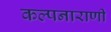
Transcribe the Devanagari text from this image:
कल्पनाराणी